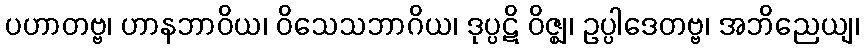
ပဟာတဗ္ဗ၊ ဟာနဘာဝိယ၊ ဝိသေသဘာဂိယ၊ ဒုပ္ပဋိ ဝိဇ္ဈ၊ ဥပ္ပါဒေတဗ္ဗ၊ အဘိညေယျ၊